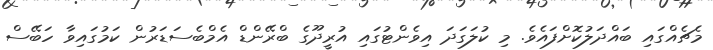
މެޗެއްގައި ބައްދަލުކޮށްފައެވެ. މި ކުލަގަދަ އިވެންޓުގައި އުރީދޫގެ ބްރޭންޑް އެމްބެސަޑަރުން ކަމުގައިވާ ހަބޭސް